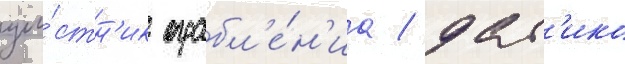
уча́стн'ик ограбл'е́н'иа / дат'ико